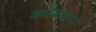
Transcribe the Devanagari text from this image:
कडैयाहाट